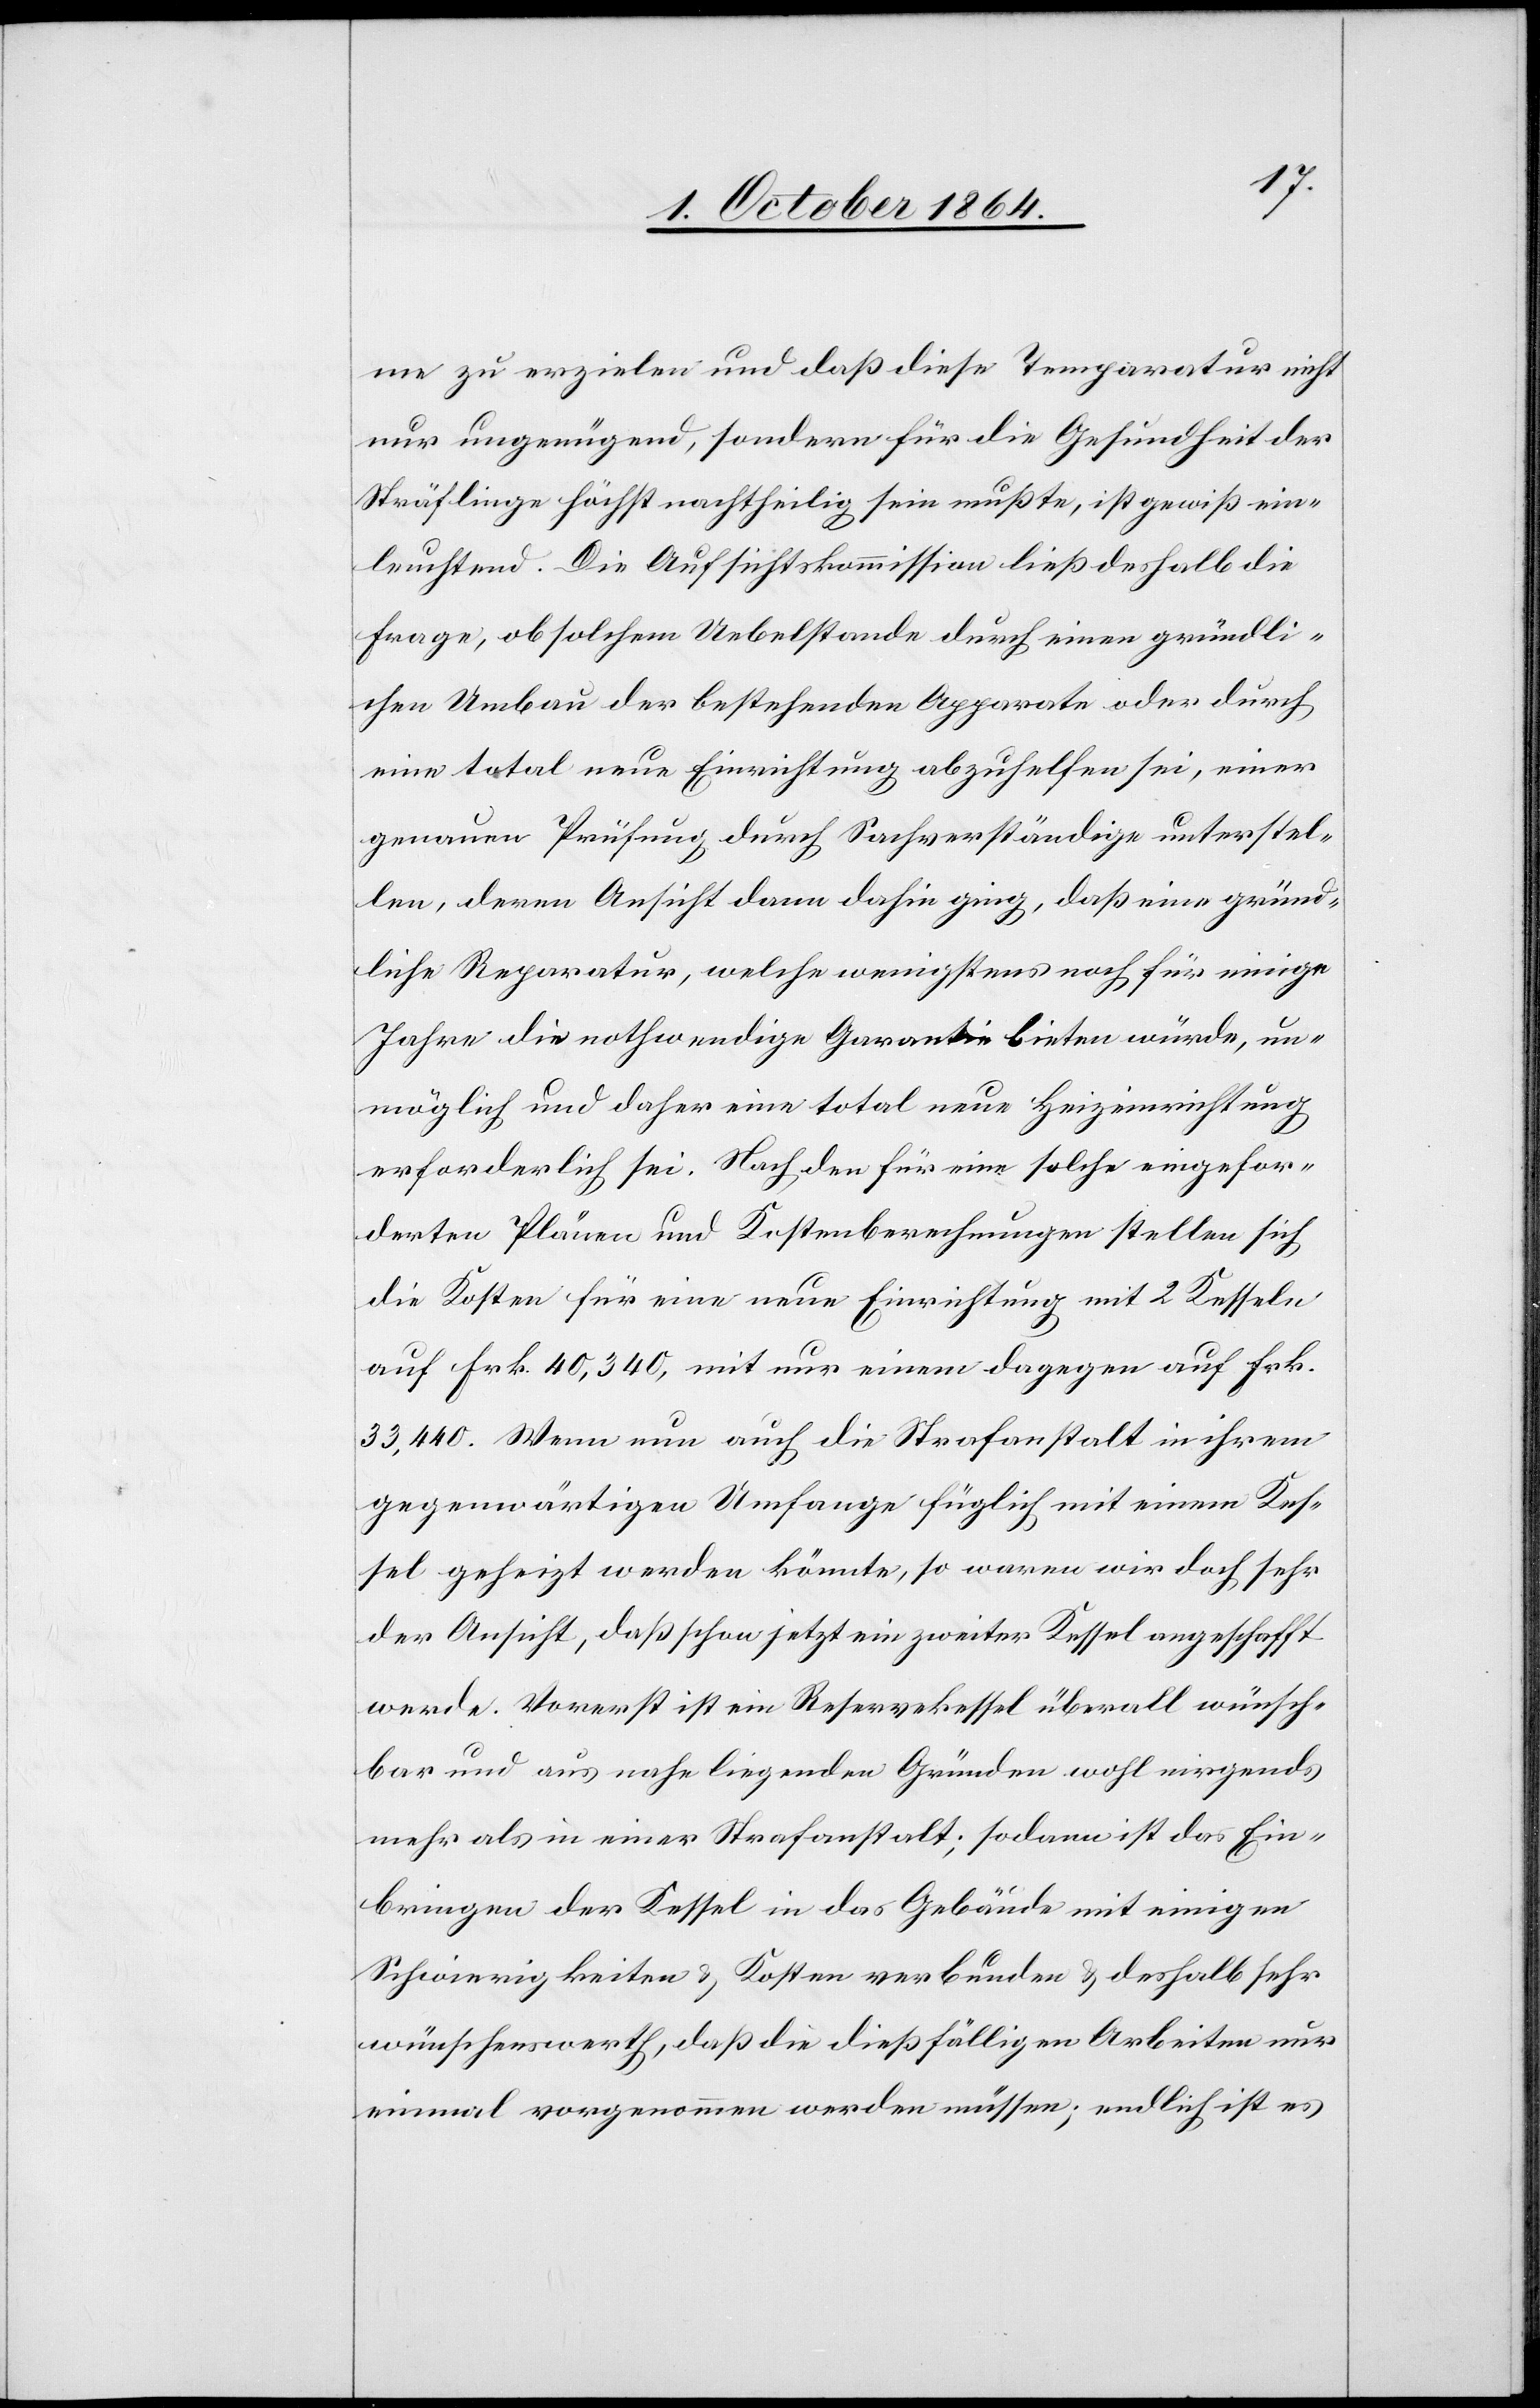
me zu erzielen und daß diese Temparatur nicht
nur ungenügend, sondern für die Gesundheit der
Sträflinge höchst nachtheilig sein mußte, ist gewiß ein¬
leuchtend. Die Aufsichtskommission ließ deshalb die
Frage, ob solchem Uebelstande durch einen gründli¬
chen Umbau der bestehenden Apparate oder durch
eine total neue Einrichtung abzuhelfen sei, einer
genauen Prüfung durch Sachverständige unterstel¬
len, deren Ansicht dann dahin ging, daß eine gründ¬
liche Reparatur, welche wenigstens noch für einige
Jahre die nothwendige Garantie bieten würde, un¬
möglich und daher eine total neue Heizeinrichtung
erforderlich sei. Nach den für eine solche eingefor¬
derten Plänen und Kostenberechnungen stellen sich
die Kosten für eine neue Einrichtung mit 2 Kesseln
auf Frk. 40,340, mit nur einem dagegen auf Frk.
33,440. Wenn nun auch die Strafanstalt in ihrem
gegenwärtigen Umfange füglich mit einem Kes¬
sel geheizt werden könnte, so waren wir doch sehr
der Ansicht, daß schon jetzt ein zweiter Kessel angeschafft
werde. Vorerst ist ein Reservekessel überall wünsch¬
bar und aus nahe liegenden Gründen wohl nirgends
mehr als in einer Strafanstalt; sodann ist das Ein¬
bringen der Kessel in das Gebäude mit einigen
Schwierigkeiten & Kosten verbunden & deshalb sehr
wünschenswerth, daß die dießfälligen Arbeiten nur
einmal vorgenommen werden müssen; endlich ist es